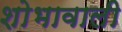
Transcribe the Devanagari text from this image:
शोभावाली